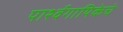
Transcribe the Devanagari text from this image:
पार्श्वगायिकेचे